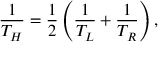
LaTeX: \frac { 1 } { T _ { H } } = \frac { 1 } { 2 } \left( \frac { 1 } { T _ { L } } + \frac { 1 } { T _ { R } } \right) ,